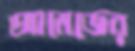
আমেজের